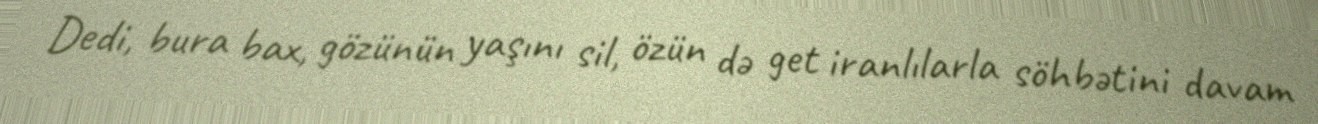
Dedi, bura bax, gözünün yaşını sil, özün də get iranlılarla söhbətini davam